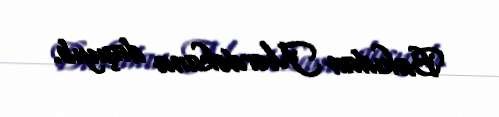
Bakıdan Mərdəkana daşıyıb.